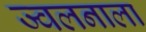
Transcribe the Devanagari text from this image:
ज्वलनाला